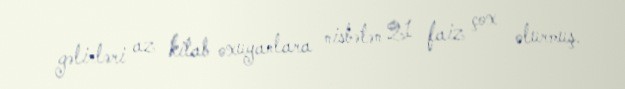
gəlirləri az kitab oxuyanlara nisbətən 21 faiz çox olurmuş.